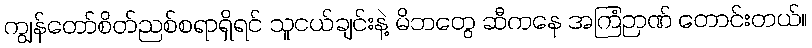
ကျွန်တော်စိတ်ညစ်စရာရှိရင် သူငယ်ချင်းနဲ့ မိဘတွေ ဆီကနေ အကြံဉာဏ် တောင်းတယ်။